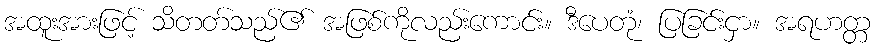
အထူးအားဖြင့် သိတတ်သည်၏ အဖြစ်ကိုလည်းကောင်း။ ဒီပေတုံ၊ ပြခြင်းငှာ။ အရဟတ္တ